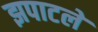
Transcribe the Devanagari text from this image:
झपाटले